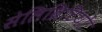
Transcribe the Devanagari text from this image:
सेलिब्रिटियों